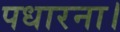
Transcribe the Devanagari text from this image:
पधारना।